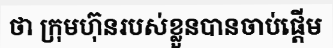
ថា ក្រុមហ៊ុនរបស់ខ្លួនបានចាប់ផ្តើម